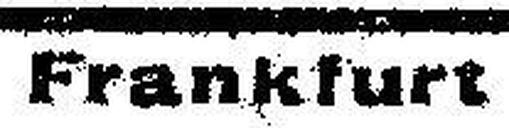
Frankfurt